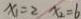
x _ { 1 } = 2 x _ { 2 } = 6